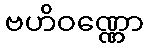
ဗဟိဝဏ္ဏော